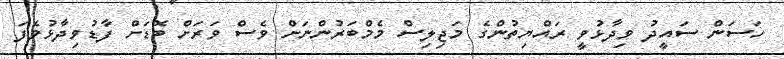
ހަސަން ސައީދު ވިދާޅުވީ ރައްޔިތުންގެ މަޖިލިސް މެމްބަރުންނަށް ވެސް ވަރަށް ބޮޑަށް ފާޑުވިދާޅުވެފަ